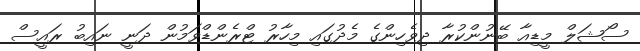
ސޯޝަލް މީޑިއާ ބޭނުންކުރާ ދިވެހިންގެ މެދުގައި މިހާރު ޓްރެންޑްވަމުން ދަނީ ނައިބު ރައީސް